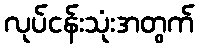
လုပ်ငန်းသုံးအတွက်